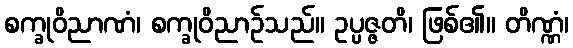
စက္ခုဝိညာဏံ၊ စက္ခုဝိညာဉ်သည်။ ဥပ္ပဇ္ဇတိ၊ ဖြစ်၏။ တိဏ္ဏံ၊